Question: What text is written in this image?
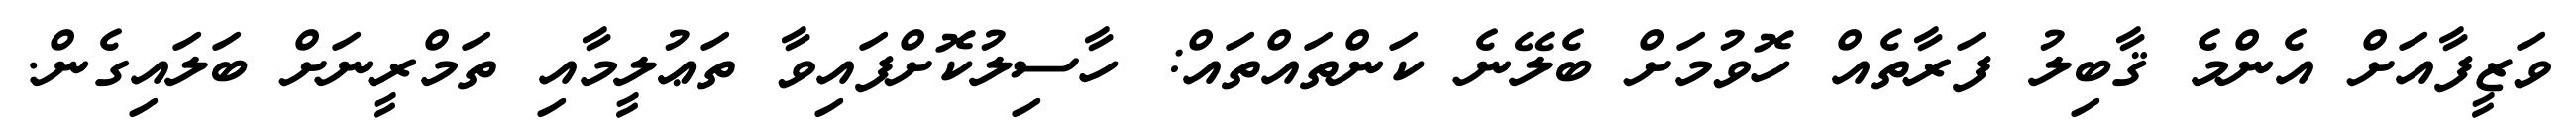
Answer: ވަޒީފާއަށް އެންމެ ޤާބިލު ފަރާތެއް ހޮވުމަށް ބެލޭނެ ކަންތައްތައް: ހާސިލުކޮށްފައިވާ ތަޢުލީމާއި ތަމްރީނަށް ބަލައިގެން.